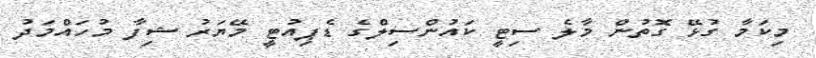
މިކަމާ ގުޅޭ ގޮތުން މާލެ ސިޓީ ކައުންސިލްގެ ޑެޕިއުޓީ މޭޔަރު ޝިފާ މުހައްމަދު